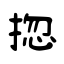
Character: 㧾